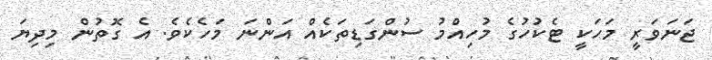
ޖަނަވަރީ މަހަކީ ޓެކުހުގެ މުހިއްމު ސުންގަޑިތަކެއް އަންނަ މަހެކެވެ. އެ ގޮތުން މިދިޔަ